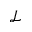
\mathcal { L }